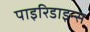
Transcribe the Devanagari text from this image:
पाइरिडाइन्स